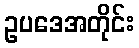
ဥပဒေအတိုင်း